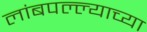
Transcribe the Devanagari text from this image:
लांबपल्ल्याच्या